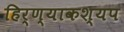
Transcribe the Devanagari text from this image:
हिर्ण्याकश्यप